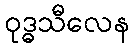
ဝုဒ္ဓသီလေန